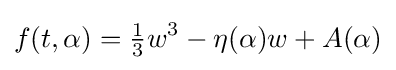
f(t,\alpha )={\tfrac {1}{3}}w^{3}-\eta (\alpha )w+A(\alpha )